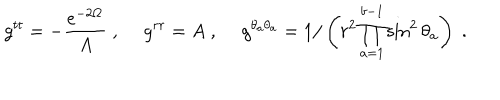
g ^ { t t } = - \frac { e ^ { - 2 \Omega } } { A } \; , ~ ~ g ^ { r r } = A \; , ~ ~ g ^ { \theta _ { a } \theta _ { a } } = 1 / \left( r ^ { 2 } \prod _ { a = 1 } ^ { b - 1 } \sin ^ { 2 } \theta _ { a } \right) \; .